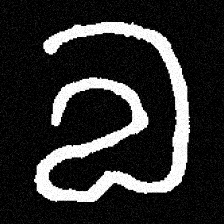
Pyu character \u2014 Myanmar letter: လ (romanized: la)